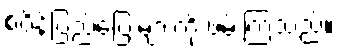
စပိန်ပြည်ပြေးများကို ဖမ်းကြသည်။